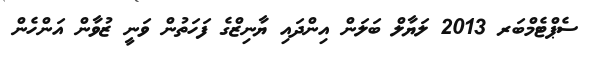
ސެޕްޓެމްބަރ 2013 ލަޔާލް ބަލަން އިންދައި ޔާނިޒްގެ ފަހަތުން ވަނީ ޒުވާން އަންހެން